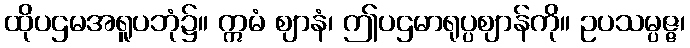
ထိုပဌမအရူပဘုံ၌။ ဣမံ ဈာနံ၊ ဤပဌမာရုပ္ပဈာန်ကို။ ဥပသမ္ပဇ္ဇ၊